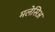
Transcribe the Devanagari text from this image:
मलेसिअ